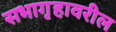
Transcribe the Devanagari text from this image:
सभागृहावरील